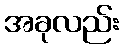
အခုလည်း